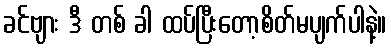
ခင်ဗျား ဒီ တစ် ခါ ထပ်ပြီးတော့စိတ်မပျက်ပါနဲ့။